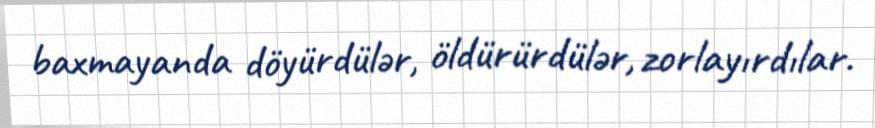
baxmayanda döyürdülər, öldürürdülər, zorlayırdılar.